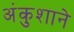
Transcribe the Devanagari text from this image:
अंकुशाने